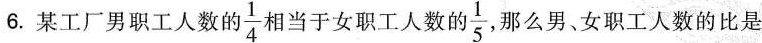
6.某工厂男职工人数的\frac{1}{4}目当于女职工人数\frac{1}{5}那么男、女职工人数的比是